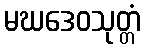
မဃဒေဝသုတ္တံ